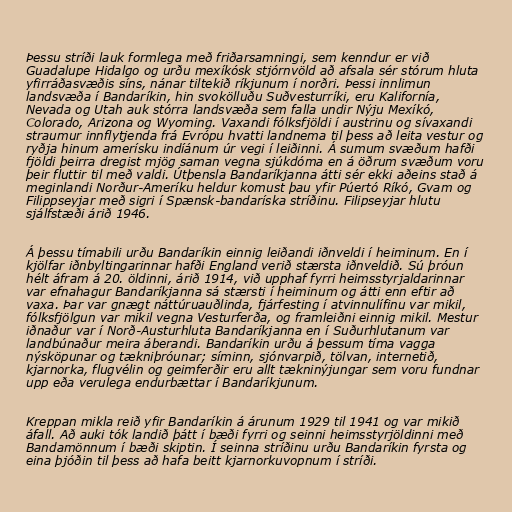
Þessu stríði lauk formlega með friðarsamningi, sem kenndur er við
Guadalupe Hidalgo og urðu mexíkósk stjórnvöld að afsala sér stórum hluta
yfirráðasvæðis síns, nánar tiltekið ríkjunum í norðri. Þessi innlimun
landsvæða í Bandaríkin, hin svokölluðu Suðvesturríki, eru Kalifornía,
Nevada og Utah auk stórra landsvæða sem falla undir Nýju Mexíkó,
Colorado, Arizona og Wyoming. Vaxandi fólksfjöldi í austrinu og sívaxandi
straumur innflytjenda frá Evrópu hvatti landnema til þess að leita vestur og
ryðja hinum amerísku indíánum úr vegi í leiðinni. Á sumum svæðum hafði
fjöldi þeirra dregist mjög saman vegna sjúkdóma en á öðrum svæðum voru
þeir fluttir til með valdi. Útþensla Bandaríkjanna átti sér ekki aðeins stað á
meginlandi Norður-Ameríku heldur komust þau yfir Púertó Ríkó, Gvam og
Filippseyjar með sigri í Spænsk-bandaríska stríðinu. Filipseyjar hlutu
sjálfstæði árið 1946.

Á þessu tímabili urðu Bandaríkin einnig leiðandi iðnveldi í heiminum. En í
kjölfar iðnbyltingarinnar hafði England verið stærsta iðnveldið. Sú þróun
hélt áfram á 20. öldinni, árið 1914, við upphaf fyrri heimsstyrjaldarinnar
var efnahagur Bandaríkjanna sá stærsti í heiminum og átti enn eftir að
vaxa. Þar var gnægt náttúruauðlinda, fjárfesting í atvinnulífinu var mikil,
fólksfjölgun var mikil vegna Vesturferða, og framleiðni einnig mikil. Mestur
iðnaður var í Norð-Austurhluta Bandaríkjanna en í Suðurhlutanum var
landbúnaður meira áberandi. Bandaríkin urðu á þessum tíma vagga
nýsköpunar og tækniþróunar; síminn, sjónvarpið, tölvan, internetið,
kjarnorka, flugvélin og geimferðir eru allt tækninýjungar sem voru fundnar
upp eða verulega endurbættar í Bandaríkjunum.

Kreppan mikla reið yfir Bandaríkin á árunum 1929 til 1941 og var mikið
áfall. Að auki tók landið þátt í bæði fyrri og seinni heimsstyrjöldinni með
Bandamönnum í bæði skiptin. Í seinna stríðinu urðu Bandaríkin fyrsta og
eina þjóðin til þess að hafa beitt kjarnorkuvopnum í stríði.